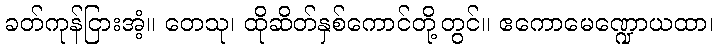
ခတ်ကုန်ငြားအံ့။ တေသု၊ ထိုဆိတ်နှစ်ကောင်တို့တွင်။ ဧကောမေဏ္ဍောယထာ၊